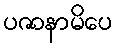
ပဇာနာမိပေ